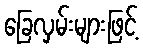
ခြေလှမ်းများဖြင့်